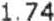
1.74